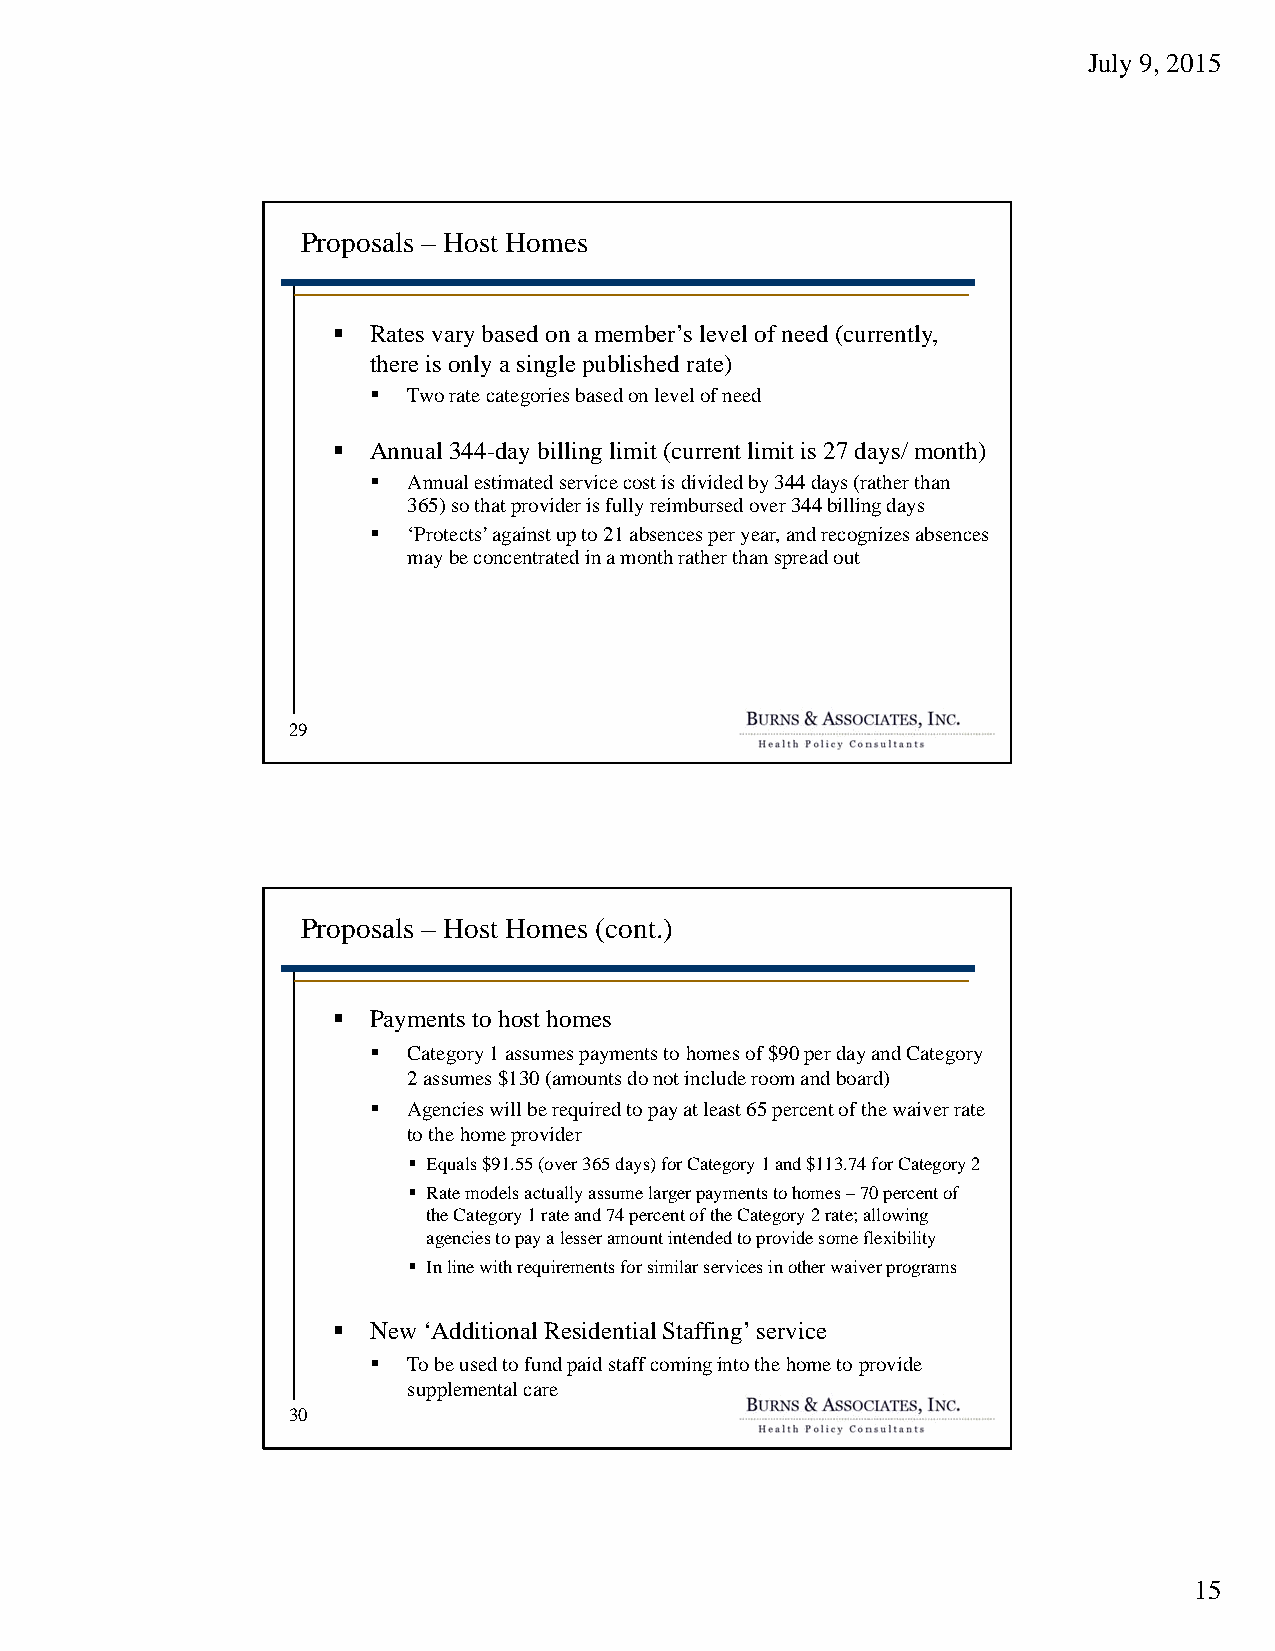
July 9, 2015
 Proposals – Host Homes
  Rates vary based on a member’s level of need (currently,
 there is only a single published rate)
   Two rate categories based on level of need
  Annual 344-day billing limit (current limit is 27 days/ month)
   Annual estimated service cost is divided by 344 days (rather than
 365) so that provider is fully reimbursed over 344 billing days
   ‘Protects’ against up to 21 absences per year, and recognizes absences
 may be concentrated in a month rather than spread out
 29
 Proposals – Host Homes (cont.)
  Payments to host homes
   Category 1 assumes payments to homes of $90 per day and Category
 2 assumes $130 (amounts do not include room and board)
   Agencies will be required to pay at least 65 percent of the waiver rate
 to the home provider
  Equals $91.55 (over 365 days) for Category 1 and $113.74 for Category 2
  Rate models actually assume larger payments to homes –70 percent of
 the Category 1 rate and 74 percent of the Category 2 rate; allowing
 agencies to pay a lesser amount intended to provide some flexibility
  In line with requirements for similar services in other waiver programs
  New ‘Additional Residential Staffing’ service
   To be used to fund paid staff coming into the home to provide
 supplemental care
 30
 15